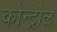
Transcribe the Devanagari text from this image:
कोन्ट्रोल